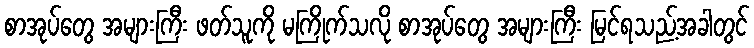
စာအုပ်တွေ အများကြီး ဖတ်သူကို မကြိုက်သလို စာအုပ်တွေ အများကြီး မြင်ရသည့်အခါတွင်